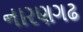
નારણગઢ